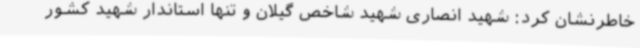
خاطرنشان کرد: شهید انصاری شهید شاخص گیلان و تنها استاندار شهید کشور